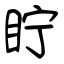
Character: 眝